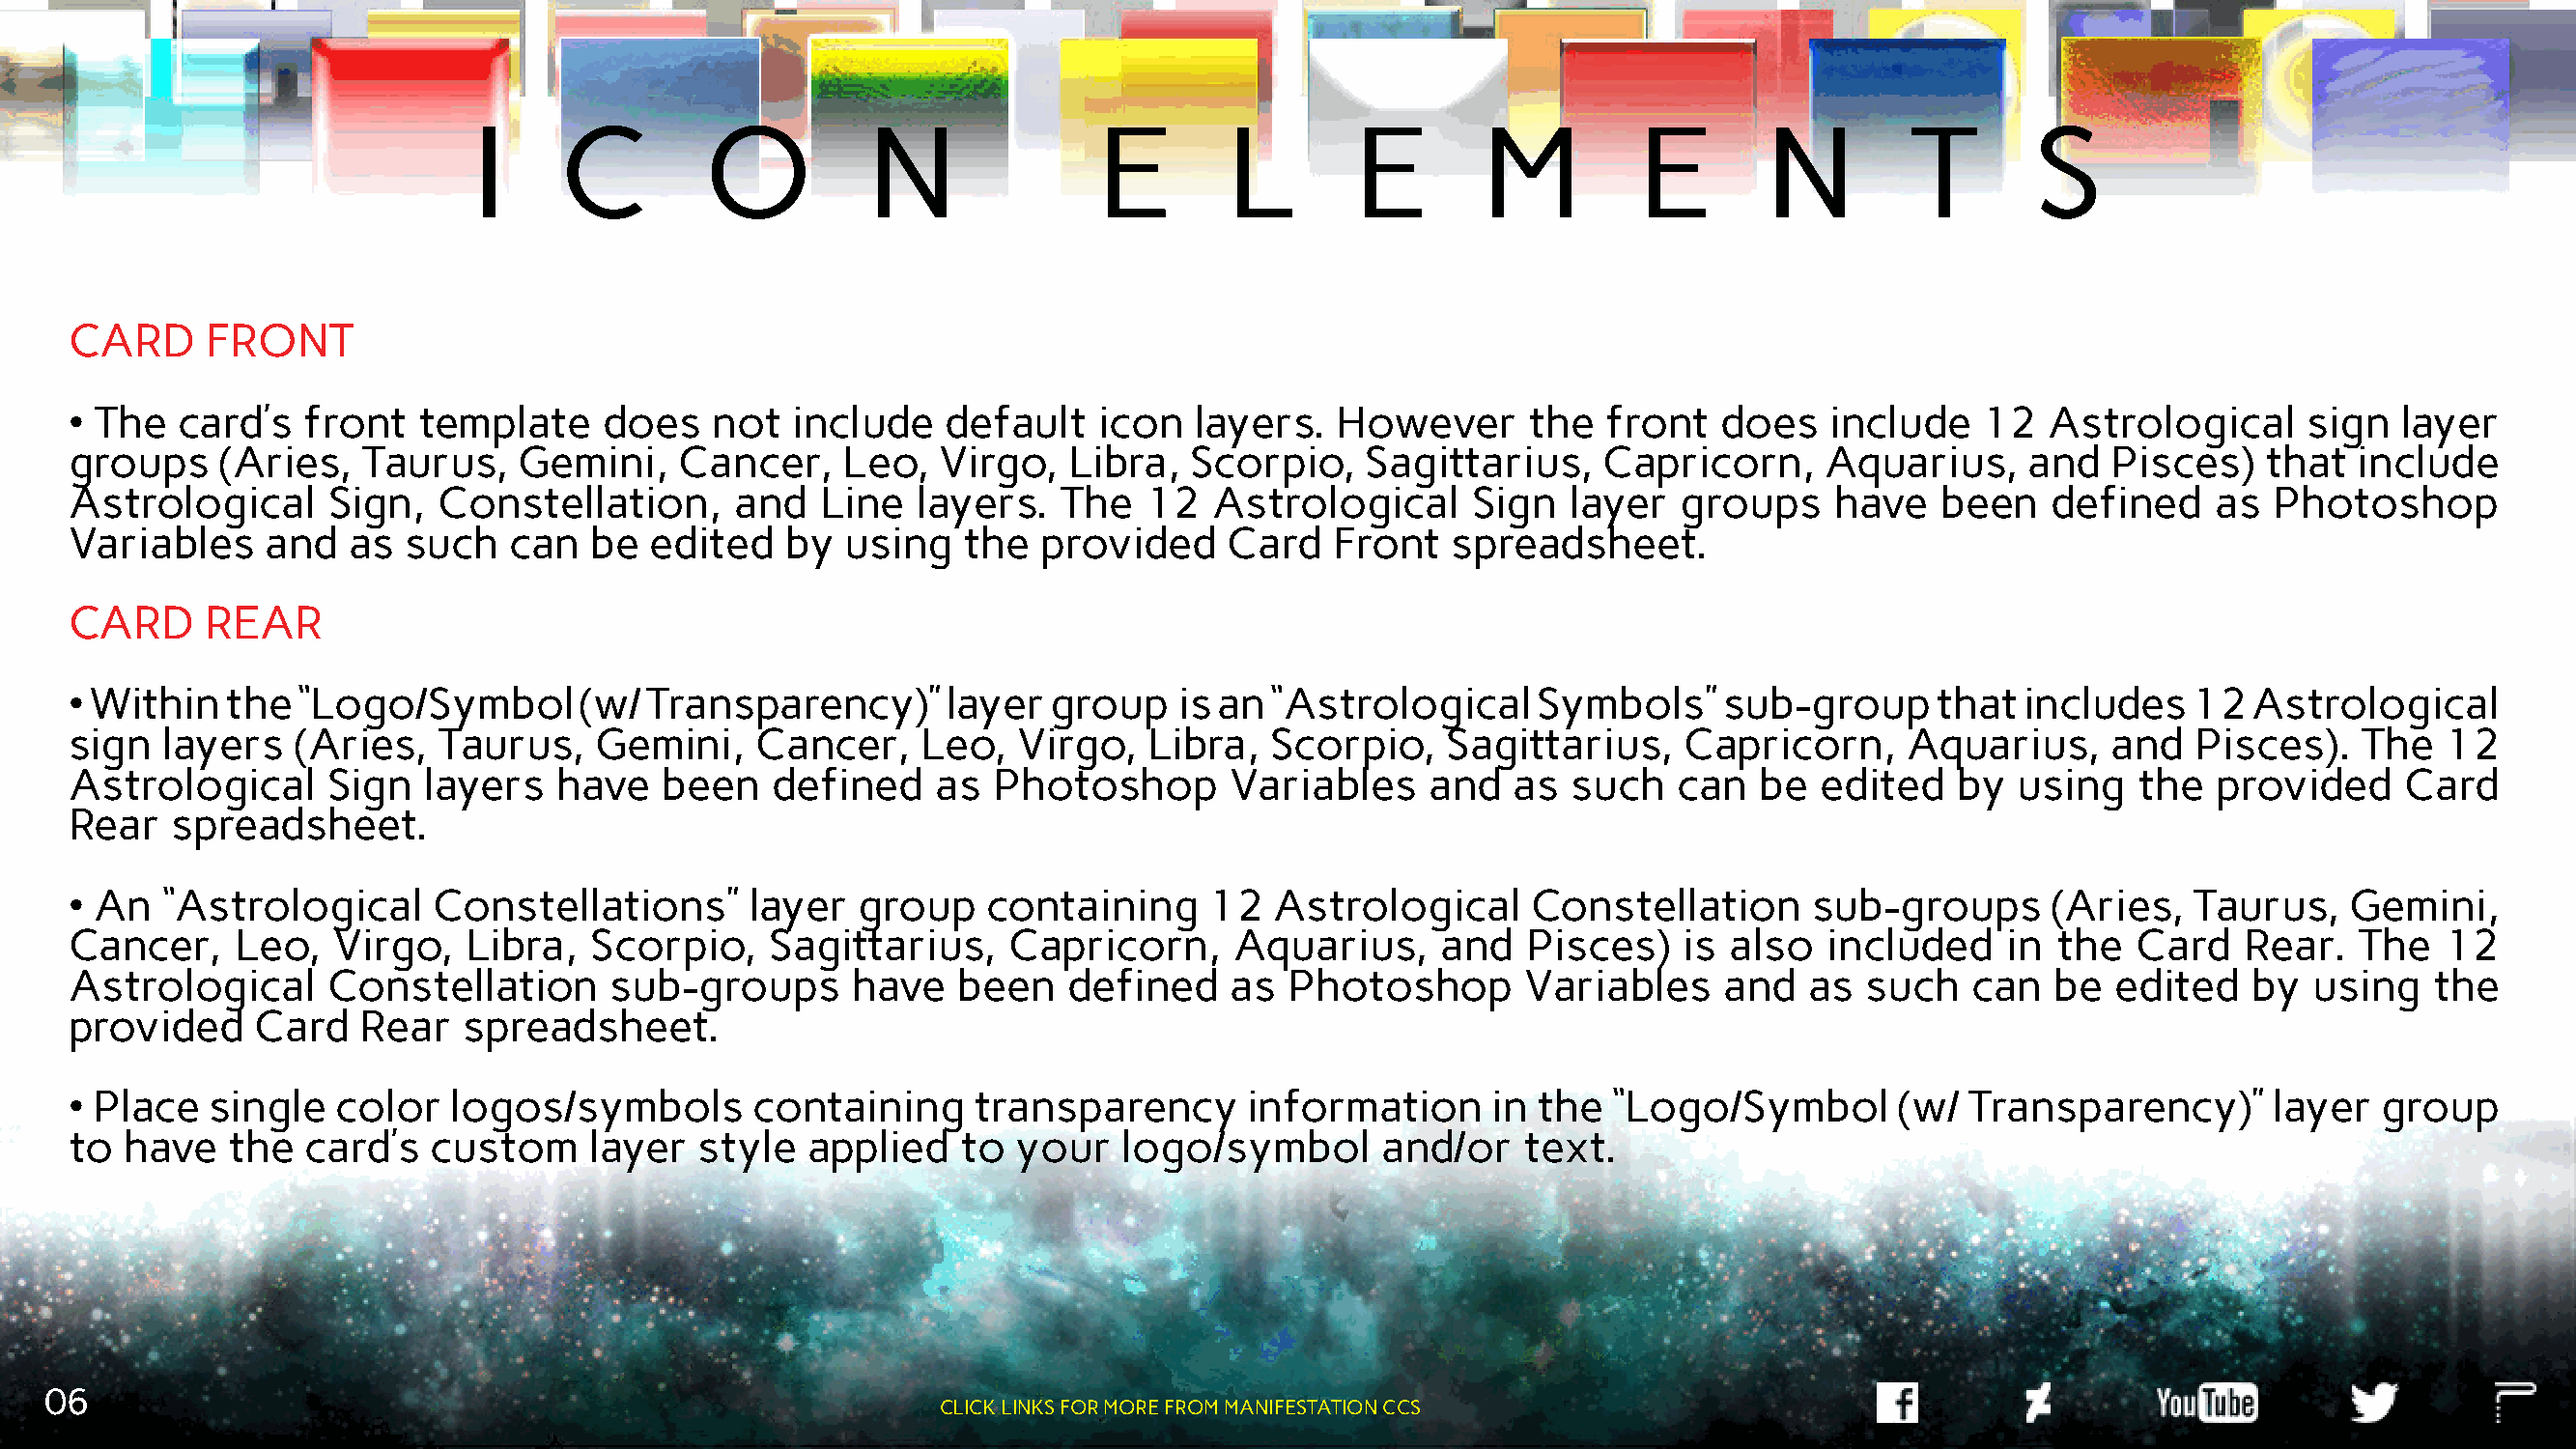
I     C         O           N              E        L        E        M         E        N         T       S
 CARD     FRONT
 • The  card’s   front   template    does    not  include    default   icon   layers.   However      the  front   does   include    12  Astrological      sign   layer
 groups    (Aries,   Taurus,    Gemini,    Cancer,    Leo,  Virgo,   Libra,   Scorpio,    Sagittarius,    Capricorn,     Aquarius,     and   Pisces)   that   include
 Astrological      Sign,  Constellation,      and   Line   layers.   The  12   Astrological      Sign   layer  groups     have   been    defined    as  Photoshop
 Variables    and   as  such   can   be  edited   by  using   the  provided     Card   Front   spreadsheet.
 CARD     REAR
 • Within  the  “Logo/Symbol        (w/ Transparency)”       layer  group    is an “Astrological     Symbols”     sub-group      that  includes   12  Astrological
 sign  layers   (Aries,   Taurus,    Gemini,    Cancer,    Leo,   Virgo,   Libra,  Scorpio,    Sagittarius,    Capricorn,      Aquarius,     and  Pisces).    The   12
 Astrological     Sign   layers   have   been    defined    as  Photoshop       Variables     and   as  such   can   be  edited   by  using    the  provided     Card
 Rear   spreadsheet.
 • An  “Astrological      Constellations”      layer   group    containing     12  Astrological      Constellation      sub-groups       (Aries,  Taurus,    Gemini,
 Cancer,    Leo,   Virgo,   Libra,   Scorpio,    Sagittarius,    Capricorn,      Aquarius,     and   Pisces)   is  also  included     in the  Card    Rear.   The   12
 Astrological     Constellation       sub-groups      have    been   defined    as  Photoshop        Variables    and   as  such   can   be  edited   by  using    the
 provided    Card    Rear   spreadsheet.
 • Place  single   color   logos/symbols        containing     transparency      information      in the  “Logo/Symbol        (w/  Transparency)”       layer  group
 to  have   the  card’s   custom    layer   style  applied    to  your   logo/symbol       and/or   text.
 06
 CLICK LINKS FOR MORE FROM MANIFESTATION CCS